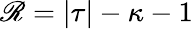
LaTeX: \mathscr{R}=|\tau|-\kappa-1